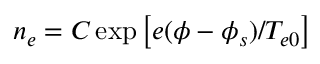
n _ { e } = C \exp \left[ e ( \phi - \phi _ { s } ) / T _ { e 0 } \right]